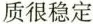
质很稳定